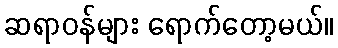
ဆရာဝန်များ ရောက်တော့မယ်။